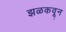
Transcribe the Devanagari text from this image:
झळकवून